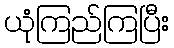
ယုံကြည်ကြပြီး